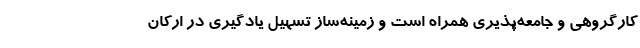
کارگروهی و جامعه‌پذیری همراه است و زمینه‌ساز تسهیل یادگیرى در ارکان